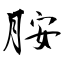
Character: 胺